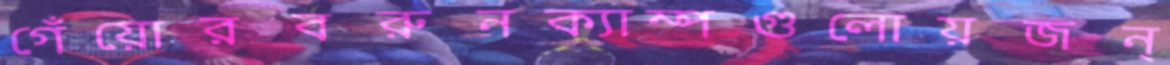
গেঁয়োরবরুনক্যাম্পগুলোয়জন্